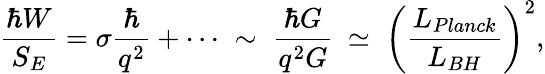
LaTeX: \frac{\hbar W}{S_{E}}=\sigma\frac{\hbar}{q^{2}}+\cdots\; \sim\; \frac{\hbar G}{q^{2}G}\: \simeq\; \biggl(\frac{L_{Planck}}{L_{BH}}\biggr)^{2},